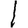
Digit: 1